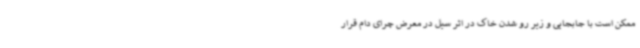
ممکن است با جابجایی و زیر رو شدن خاک در اثر سیل در معرض چرای دام قرار